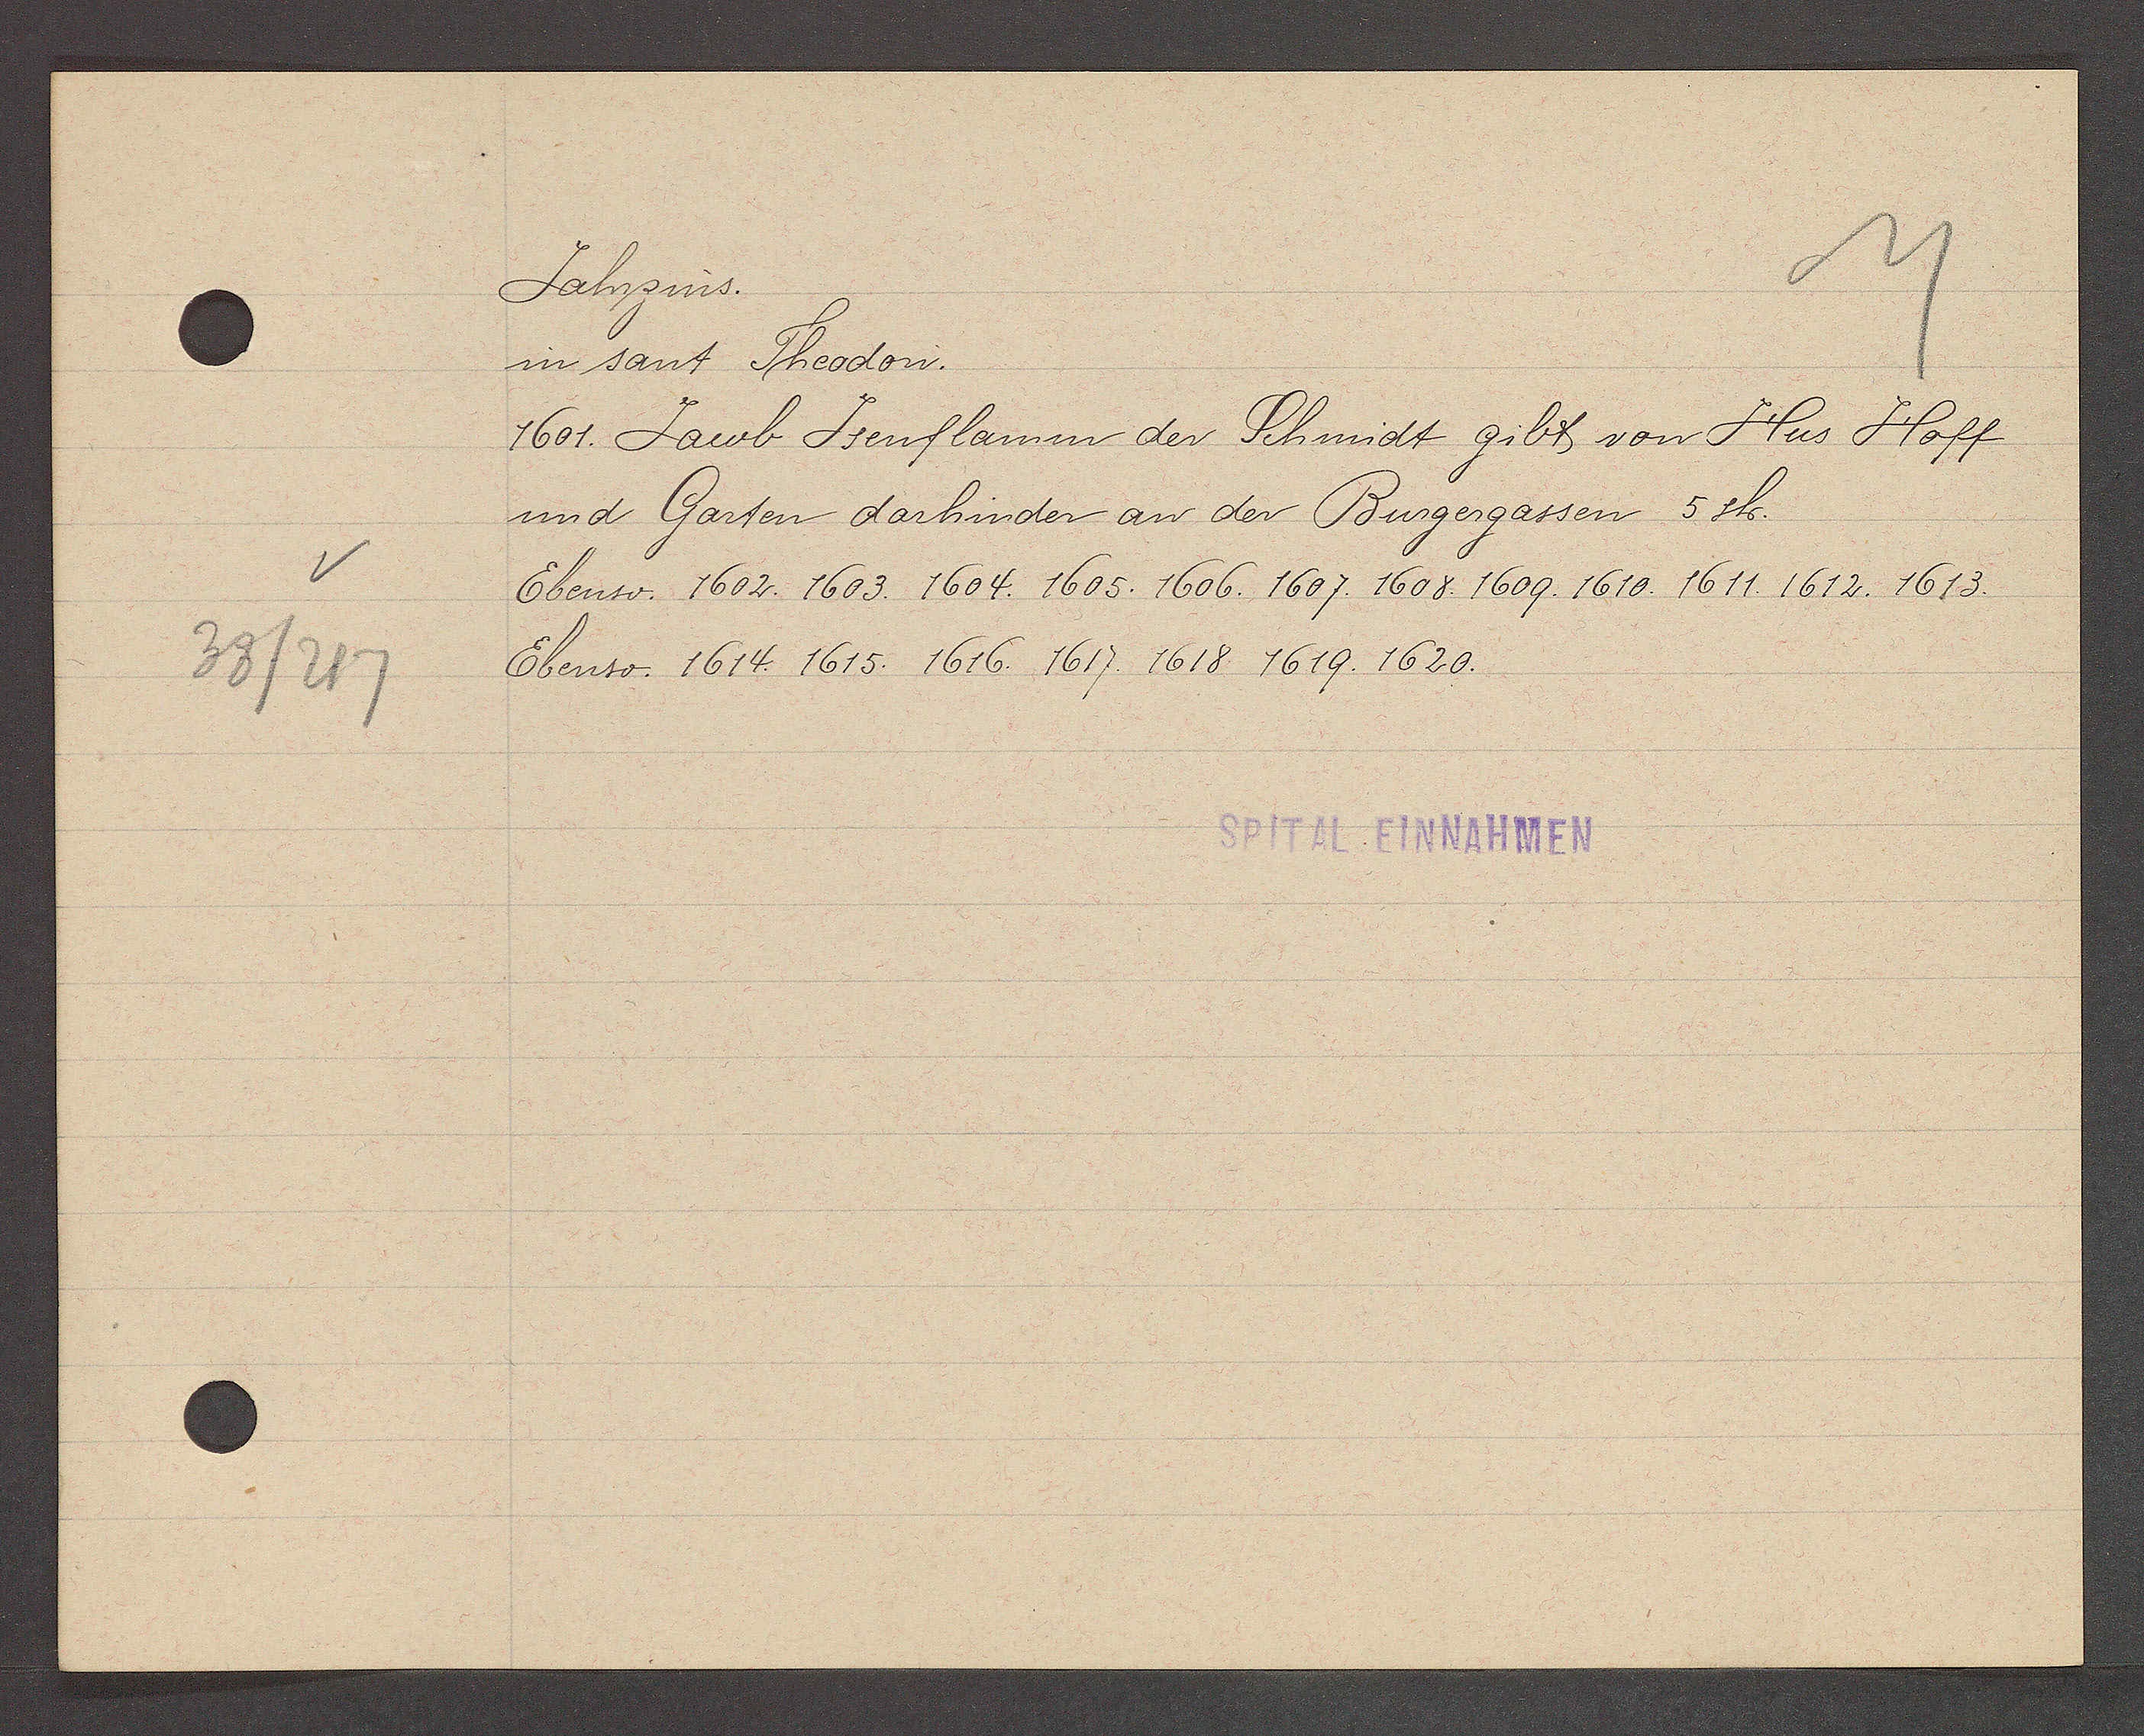
Transcript:
38/217

Jahrzins.

in sant Theodon.
1601. Jacob Jsenflamm der Schmidt gibt von Hus Hoff
und Garten darhinder an der Burgergassen 5 sh.
Ebenso. 1602. 1603. 1604. 1605. 1606. 1607. 1608. 1609. 1610. 1611. 1612. 1613.
Ebenso. 1614. 1615. 1616. 1617. 1618. 1619. 1620.

SPITAL EINNAHMEN